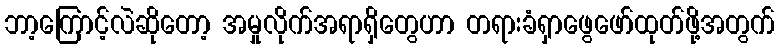
ဘာ့ကြောင့်လဲဆိုတော့ အမှုလိုက်အရာရှိတွေဟာ တရားခံရှာဖွေဖော်ထုတ်ဖို့အတွက်